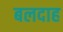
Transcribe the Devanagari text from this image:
बलदाह